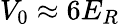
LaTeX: V_{0}\approx 6E_{R}